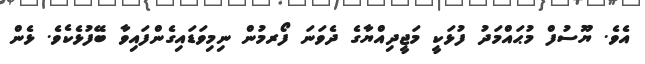
އެވެ. ޔޫސުފް މުޙައްމަދު ފުޅަކީ މަޖީދިއްޔާގެ ދެވަނަ ފޯރމުން ނިމިވަޑައިގެންފައިވާ ބޭފުޅެކެވެ. ޅެން